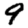
Digit: 9